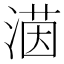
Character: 𪶲